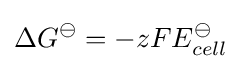
\Delta G^{\ominus }=-zFE_{cell}^{\ominus }